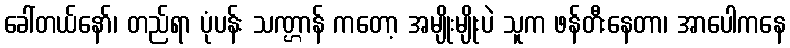
ခေါ်တယ်နော်၊ တည်ရာ ပုံပန်း သဏ္ဌာန် ကတော့ အမျိုးမျိုးပဲ သူက ဖန်တီးနေတာ၊ အာပေါကနေ